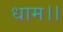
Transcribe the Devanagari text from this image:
धाम।।